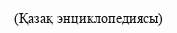
(Қазақ энциклопедиясы)